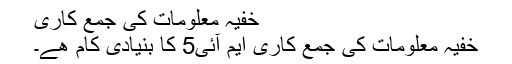
خفيہ معلومات کی جمع کاری
خفيہ معلومات کی جمع کاری ايم آئی5 کا بنيادی کام ھے۔